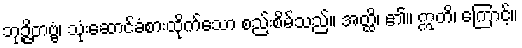
ဘုဉ္ဇိတဗ္ဗံ၊ သုံးဆောင်ခံစားထိုက်သော စည်းစိမ်သည်။ အတ္ထိ၊ ၏။ ဣတိ၊ ကြောင့်။